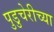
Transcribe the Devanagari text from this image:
पुडुचेरीच्या